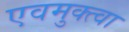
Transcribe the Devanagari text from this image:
एवमुक्त्वा